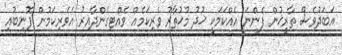
އަބަދުވެސް ތާރީޚުން ފެންނަ އެއްކަމަކީ ޚުދު މުޚުތާރު ވެރިކަމެއް ވެއްޓިގެންދާއިރު އެވެރިކަމުން 'ފޮނިބުއި'